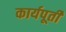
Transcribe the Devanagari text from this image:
कार्यपूर्ती